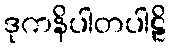
ဒုကနိပါတပါဠိ